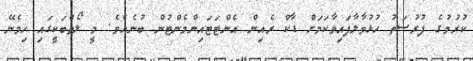
ކުރުމުގެ ފުރުސަތު ހުޅުވާލާފައިވާކަމަށް ޑާކް ރެއިން އެންޓަޓައިންމެންޓުން ބުނެއެވެ. މީ ލޯތްބަކީގައި ހިމެނޭ